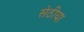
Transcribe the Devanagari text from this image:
सेठीया